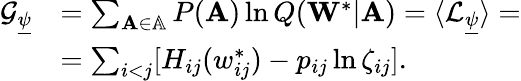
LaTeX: \begin{array}{rl}{\mathcal{G}_{\underline{{\psi}}}}&{=\sum_{\mathbf{A}\in\mathbb{A}}P(\mathbf{A})\ln Q(\mathbf{W}^{*}|\mathbf{A})=\langle\mathcal{L}_{\underline{{\psi}}}\rangle=}\\ &{=\sum_{i<j}[H_{ij}(w_{ij}^{*})-p_{ij}\ln\zeta_{ij}].}\end{array}